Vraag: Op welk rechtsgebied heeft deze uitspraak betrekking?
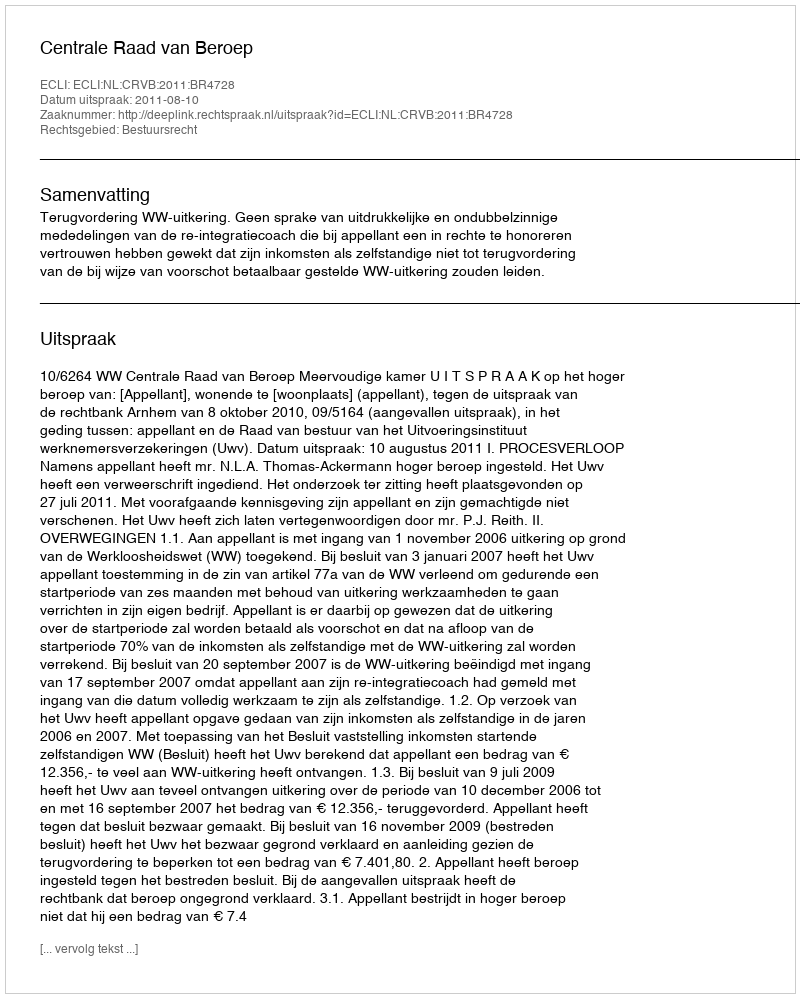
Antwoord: Bestuursrecht